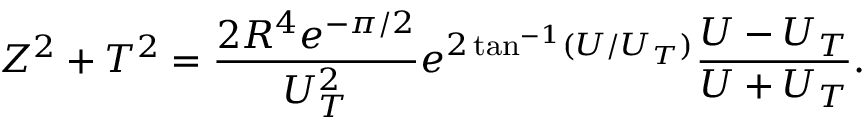
Z ^ { 2 } + T ^ { 2 } = \frac { 2 R ^ { 4 } e ^ { - \pi / 2 } } { U _ { T } ^ { 2 } } e ^ { 2 \tan ^ { - 1 } ( U / U _ { T } ) } \frac { U - U _ { T } } { U + U _ { T } } .